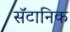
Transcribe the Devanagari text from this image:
सॅटानिक